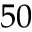
5 0